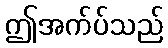
ဤအက်ပ်သည်